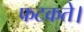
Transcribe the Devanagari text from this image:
फटकते।